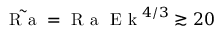
\tilde { \textrm { R a } } = \textrm { R a } \textrm { E k } ^ { 4 / 3 } \gtrsim 2 0